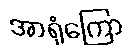
အာရုံကြော